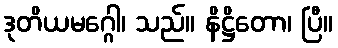
ဒုတိယမဂ္ဂေါ၊ သည်။ နိဋ္ဌိတော၊ ပြီ။